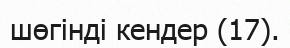
шөгінді кендер (17).